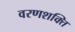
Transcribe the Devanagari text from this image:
वरणशक्ति